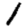
Digit: 1